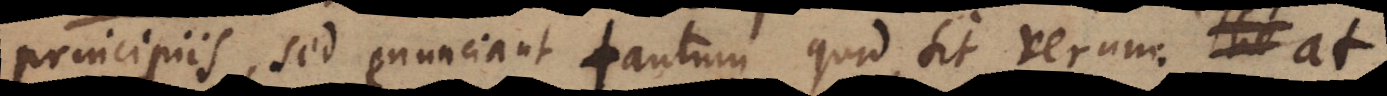
principiis, sed enunciant tantum quid sit verum: The at